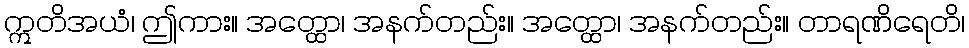
ဣတိအယံ၊ ဤကား။ အတ္ထော၊ အနက်တည်း။ အတ္ထော၊ အနက်တည်း။ တာရဏိရေတိ၊